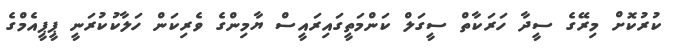
ކުރުކޮށް މިރޭގެ ސީދާ ހަރަކާތް ސީގަލް ކަންމަތީގައިރައީސް ޔާމިންގެ ވެރިކަން ހަލާކުކުރަނީ ޕީޕީއެމްގެ